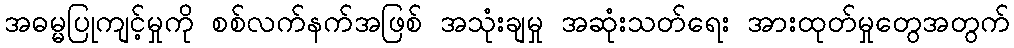
အဓမ္မပြုကျင့်မှုကို စစ်လက်နက်အဖြစ် အသုံးချမှု အဆုံးသတ်ရေး အားထုတ်မှုတွေအတွက်